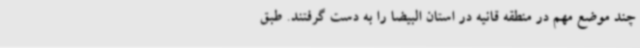
چند موضع مهم در منطقه قانیه در استان البیضا را به دست گرفتند. طبق